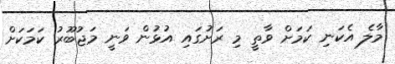
މާލެ އެކަނި ކަމަށް ވާތީ މި ރަށުގައި އުޅުން ވަނީ މަޖުބޫރު ކަމަކަށް